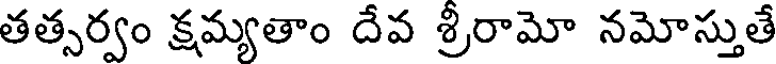
తత్సర్వం క్షమ్యతాం దేవ శ్రీరామో నమోస్తుతే